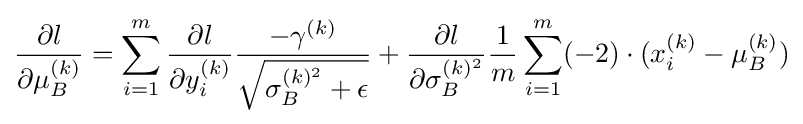
{\frac {\partial l}{\partial \mu _{B}^{(k)}}}=\sum _{i=1}^{m}{\frac {\partial l}{\partial y_{i}^{(k)}}}{\frac {-\gamma ^{(k)}}{\sqrt {\sigma _{B}^{(k)^{2}}+\epsilon }}}+{\frac {\partial l}{\partial \sigma _{B}^{(k)^{2}}}}{\frac {1}{m}}\sum _{i=1}^{m}(-2)\cdot (x_{i}^{(k)}-\mu _{B}^{(k)})